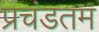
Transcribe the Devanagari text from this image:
प्रचंडतम